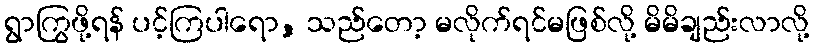
ရွာကြွဖို့ရန် ပင့်ကြပါရော, သည်တော့ မလိုက်ရင်မဖြစ်လို့ မိမိချည်းလာလို့